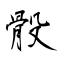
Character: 骰